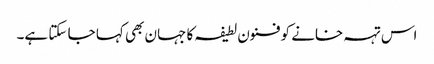
اس تہہ خانے کو فنون لطیفہ کا جہان بھی کہا جا سکتا ہے۔